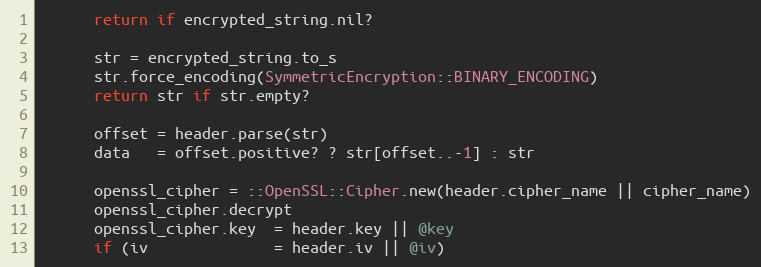
Language: Ruby
      return if encrypted_string.nil?

      str = encrypted_string.to_s
      str.force_encoding(SymmetricEncryption::BINARY_ENCODING)
      return str if str.empty?

      offset = header.parse(str)
      data   = offset.positive? ? str[offset..-1] : str

      openssl_cipher = ::OpenSSL::Cipher.new(header.cipher_name || cipher_name)
      openssl_cipher.decrypt
      openssl_cipher.key  = header.key || @key
      if (iv              = header.iv || @iv)